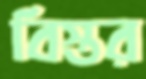
বিস্তর